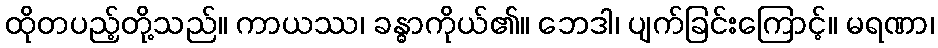
ထိုတပည့်တို့သည်။ ကာယဿ၊ ခန္ဓာကိုယ်၏။ ဘေဒါ၊ ပျက်ခြင်းကြောင့်။ မရဏာ၊